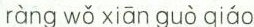
ràng wǒ xiān guò qiáo